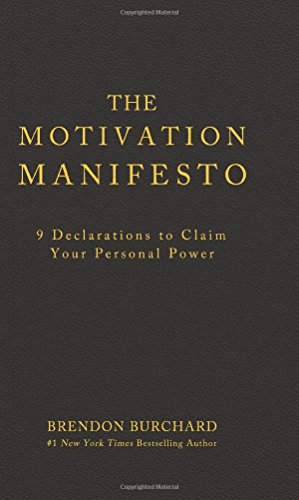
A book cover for The Motivation Manifesto; Brendon Burchard; Self-Help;